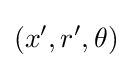
(x',r',\theta )